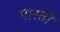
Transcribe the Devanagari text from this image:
पास्ती